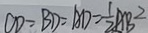
C D = B D = A D = \frac { 1 } { 2 } A B ^ { 2 }